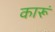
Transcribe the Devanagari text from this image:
कारूं